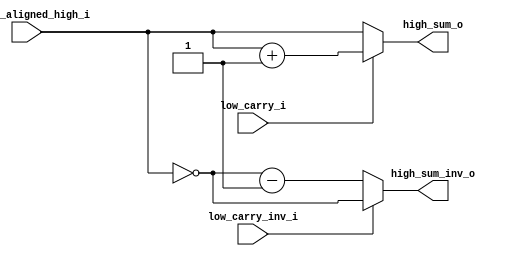
`timescale 1ns / 1ps
//////////////////////////////////////////////////////////////////////////////////
//  Module Name:     MSBIncrementer
//  Project Name:    IEEE-754 & RISC-V Compatible Multiply-Accumulate Unit
//  HDL(Version):    Verilog-2005
//
//  Dependencies:    None
//
//////////////////////////////////////////////////////////////////////////////////
//  Description:    Increments A_High if needed by the A_Low carry signal
//
//////////////////////////////////////////////////////////////////////////////////
//  Revision:
//  09/12/2022 - Add BSD-3-Clause Licence
//   
//////////////////////////////////////////////////////////////////////////////////
//  License information:
//
//  This software is released under the BSD-3-Clause Licence,
//  see https://opensource.org/licenses/BSD-3-Clause for details.
//  In the following license statements, "software" refers to the
//  "source code" of the complete hardware/software system.
//
//  Copyright 2022,
//                    Embedded Intelligent Systems Lab (EISL)
//                    Deparment of Computer Science
//                    National Yang Ming Chiao Tung Uniersity
//                    Hsinchu, Taiwan.
//
//  All rights reserved.
//
//  Redistribution and use in source and binary forms, with or without
//  modification, are permitted provided that the following conditions are met:
//
//  1. Redistributions of source code must retain the above copyright notice,
//     this list of conditions and the following disclaimer.
//
//  2. Redistributions in binary form must reproduce the above copyright notice,
//     this list of conditions and the following disclaimer in the documentation
//     and/or other materials provided with the distribution.
//
//  3. Neither the name of the copyright holder nor the names of its contributors
//     may be used to endorse or promote products derived from this software
//     without specific prior written permission.
//
//  THIS SOFTWARE IS PROVIDED BY THE COPYRIGHT HOLDERS AND CONTRIBUTORS "AS IS"
//  AND ANY EXPRESS OR IMPLIED WARRANTIES, INCLUDING, BUT NOT LIMITED TO, THE
//  IMPLIED WARRANTIES OF MERCHANTABILITY AND FITNESS FOR A PARTICULAR PURPOSE
//  ARE DISCLAIMED. IN NO EVENT SHALL THE COPYRIGHT HOLDER OR CONTRIBUTORS BE
//  LIABLE FOR ANY DIRECT, INDIRECT, INCIDENTAL, SPECIAL, EXEMPLARY, OR
//  CONSEQUENTIAL DAMAGES (INCLUDING, BUT NOT LIMITED TO, PROCUREMENT OF
//  SUBSTITUTE GOODS OR SERVICES; LOSS OF USE, DATA, OR PROFITS; OR BUSINESS
//  INTERRUPTION) HOWEVER CAUSED AND ON ANY THEORY OF LIABILITY, WHETHER IN
//  CONTRACT, STRICT LIABILITY, OR TORT (INCLUDING NEGLIGENCE OR OTHERWISE)
//  ARISING IN ANY WAY OUT OF THE USE OF THIS SOFTWARE, EVEN IF ADVISED OF THE
//  POSSIBILITY OF SUCH DAMAGE.
//////////////////////////////////////////////////////////////////////////////////


module MSBIncrementer #(
    parameter PARM_MANT = 23
) (
    input low_carry_i,
    input low_carry_inv_i,
    input [PARM_MANT + 3 : 0]   A_Mant_aligned_high_i, 

    output [PARM_MANT + 3 : 0]  high_sum_o,
    output [PARM_MANT + 3 : 0]  high_sum_inv_o
);
    wire high_carry;        // signal that is abandoned
    wire high_carry_inv;    // signal that is abandoned
    
    assign {high_carry, high_sum_o} = (low_carry_i)? A_Mant_aligned_high_i + 1 : A_Mant_aligned_high_i;
    assign {high_carry_inv, high_sum_inv_o} = (low_carry_inv_i)? ~A_Mant_aligned_high_i : ~A_Mant_aligned_high_i - 1;

endmodule